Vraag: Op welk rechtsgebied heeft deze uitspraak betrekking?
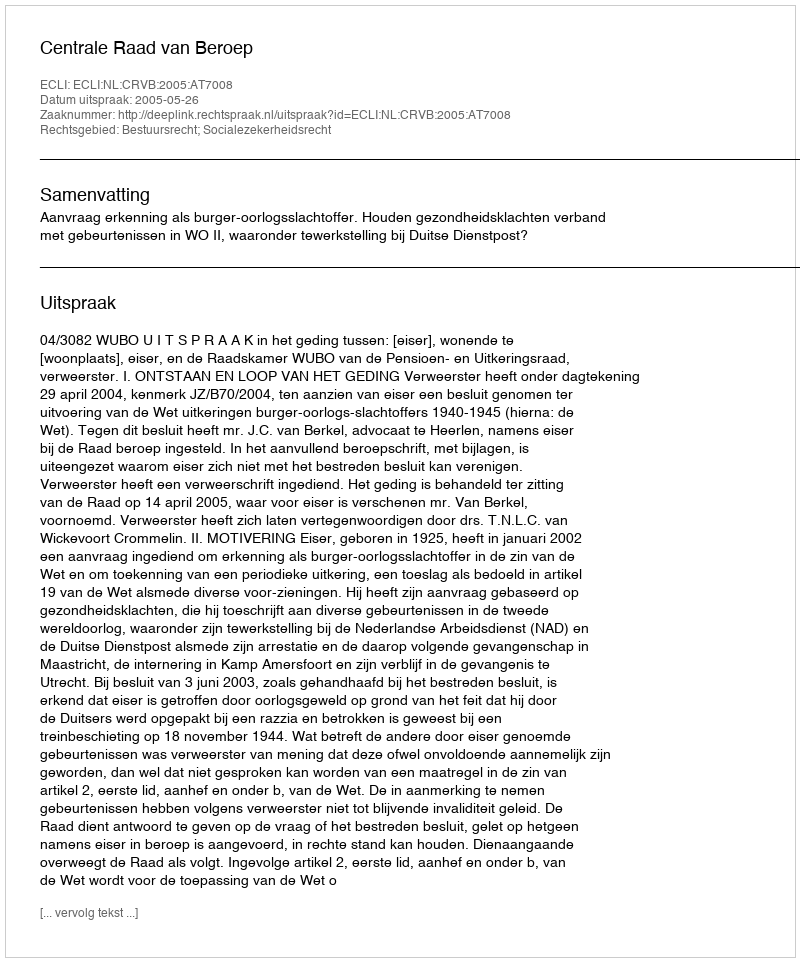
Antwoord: Bestuursrecht; Socialezekerheidsrecht